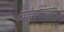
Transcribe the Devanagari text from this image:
छब्बीसवाँ